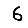
Digit: 6